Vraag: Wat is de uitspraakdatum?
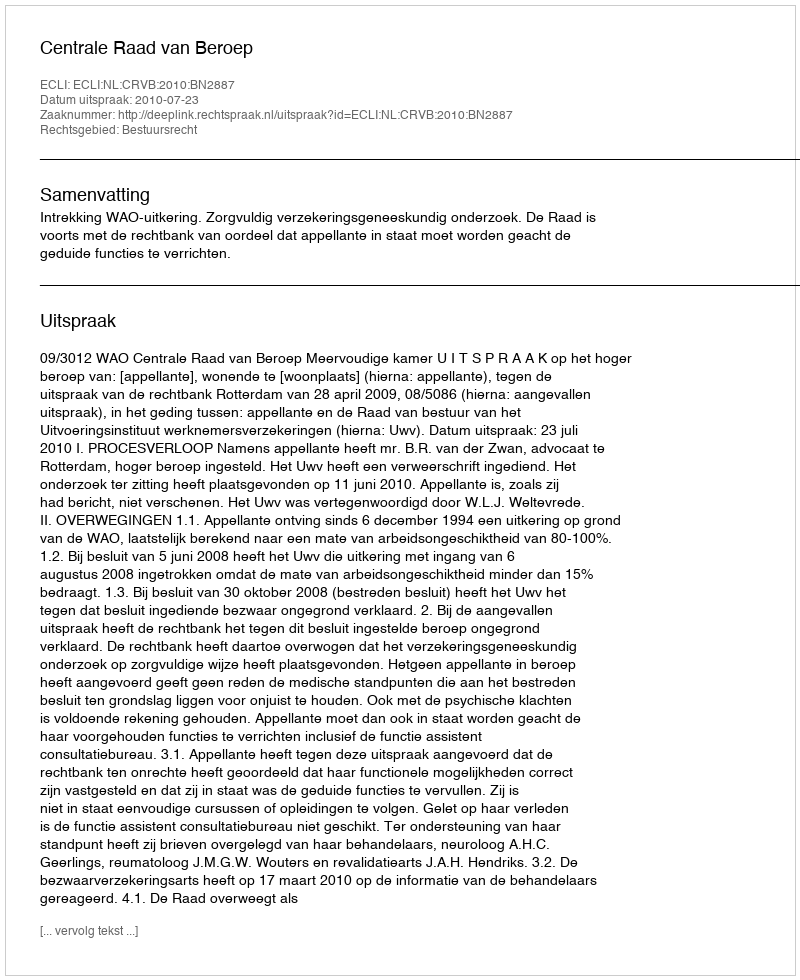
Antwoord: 2010-07-23